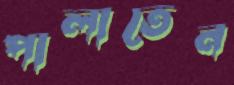
পালাতেন